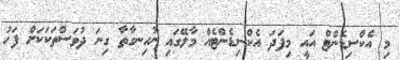
މި އެކްސިޑެންޓް އައީ މިފަދަ އެކްސިޑެންޓެއް މާލޭގައި ނުހިނގާތާ ގިނަ ދުވަސްތަކަކަށް ފަހު